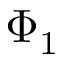
\Phi _ { 1 }